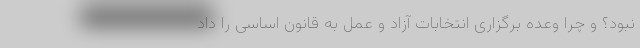
نبود؟ و چرا وعده برگزاری انتخابات آزاد و عمل به قانون اساسی را داد